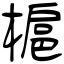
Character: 槴